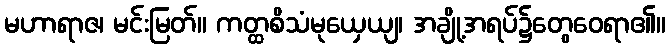
မဟာရာဇ၊ မင်းမြတ်။ ကတ္ထစိသံမုယှေယျ၊ အချို့အရပ်၌တွေဝေရာ၏။